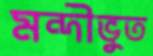
মন্দীভুত